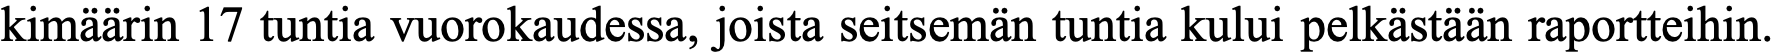
kimäärin 17 tuntia vuorokaudessa, joista seitsemän tuntia kului pelkästään raportteihin.